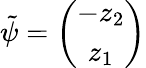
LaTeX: \tilde{\psi}=\left(\begin{array}{c}{{-z_{2}}}\\ {{z_{1}}}\end{array}\right)